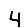
Digit: 4